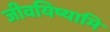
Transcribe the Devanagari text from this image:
जीवयिष्यामि